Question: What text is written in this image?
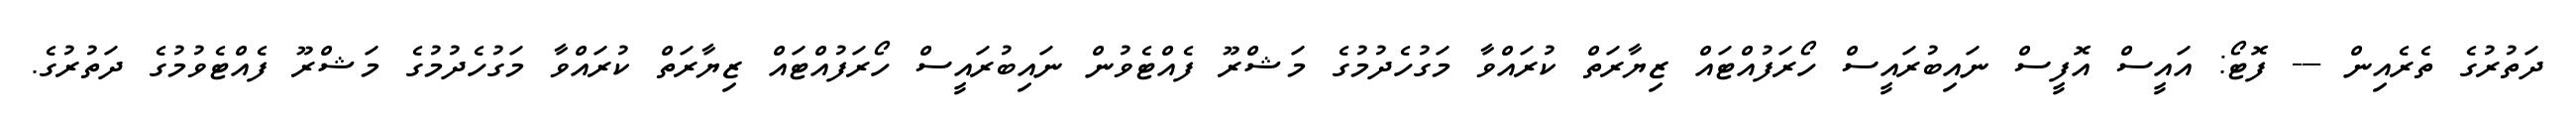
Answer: ދަތުރުގެ ތެރެއިން --- ފޮޓޯ: އައީސް އޮފީސް ނައިބުރައީސް ހޯރަފުއްޓައް ޒިޔާރަތް ކުރައްވާ މަގުހެދުމުގެ މަޝްރޫ ފެއްޓެވުން ނައިބުރައީސް ހޯރަފުއްޓައް ޒިޔާރަތް ކުރައްވާ މަގުހެދުމުގެ މަޝްރޫ ފެއްޓެވުމުގެ ދަތުރުގެ.